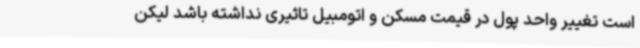
است تغییر واحد پول در قیمت مسکن و اتومبیل تاثیری نداشته باشد لیکن